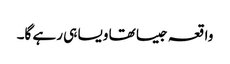
واقعہ جیسا تھا ویسا ہی رہے گا۔